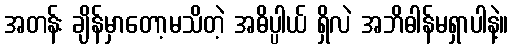
အတန်း ချိန်မှာတော့မသိတဲ့ အဓိပ္ပါယ် ရှိလဲ အဘိဓါန်မရှာပါနဲ့။